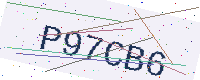
Text: P97CB6